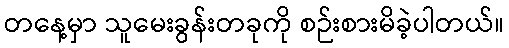
တနေ့မှာ သူမေးခွန်းတခုကို စဉ်းစားမိခဲ့ပါတယ်။